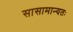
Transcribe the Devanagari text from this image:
सासामान्यतः